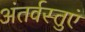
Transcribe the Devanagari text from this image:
अंतर्वस्तुएं